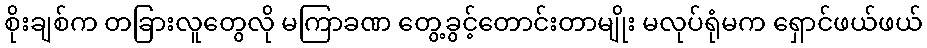
စိုးချစ်က တခြားလူတွေလို မကြာခဏ တွေ့ခွင့်တောင်းတာမျိုး မလုပ်ရုံမက ရှောင်ဖယ်ဖယ်